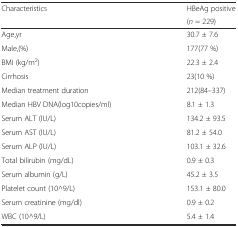
| <ROWSPAN=2> Characteristics | HBeAg positive |
 | (n = 229) |
 | --- | --- |
 | Age,yr | 30.7 ± 7.6 |
 | Male,(%) | 177(77 %) |
 | BMI (kg/m2) | 22.3 ± 2.4 |
 | Cirrhosis | 23(10 %) |
 | Median treatment duration | 212(84–337) |
 | Median HBV DNA(log10copies/ml) | 8.1 ± 1.3 |
 | Serum ALT (IU/L) | 134.2 ± 93.5 |
 | Serum AST (IU/L) | 81.2 ± 54.0 |
 | Serum ALP (IU/L) | 103.1 ± 32.6 |
 | Total bilirubin (mg/dL) | 0.9 ± 0.3 |
 | Serum albumin (g/L) | 45.2 ± 3.5 |
 | Platelet count (10^9/L) | 153.1 ± 80.0 |
 | Serum creatinine (mg/dl) | 0.9 ± 0.2 |
 | WBC (10^9/L) | 5.4 ± 1.4 |